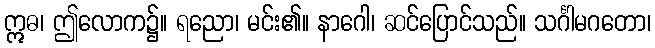
ဣဓ၊ ဤလောက၌။ ရညော၊ မင်း၏။ နာဂေါ၊ ဆင်ပြောင်သည်။ သင်္ဂါမဂတော၊